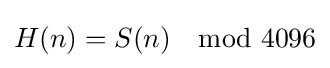
H(n)=S(n)\mod 4096